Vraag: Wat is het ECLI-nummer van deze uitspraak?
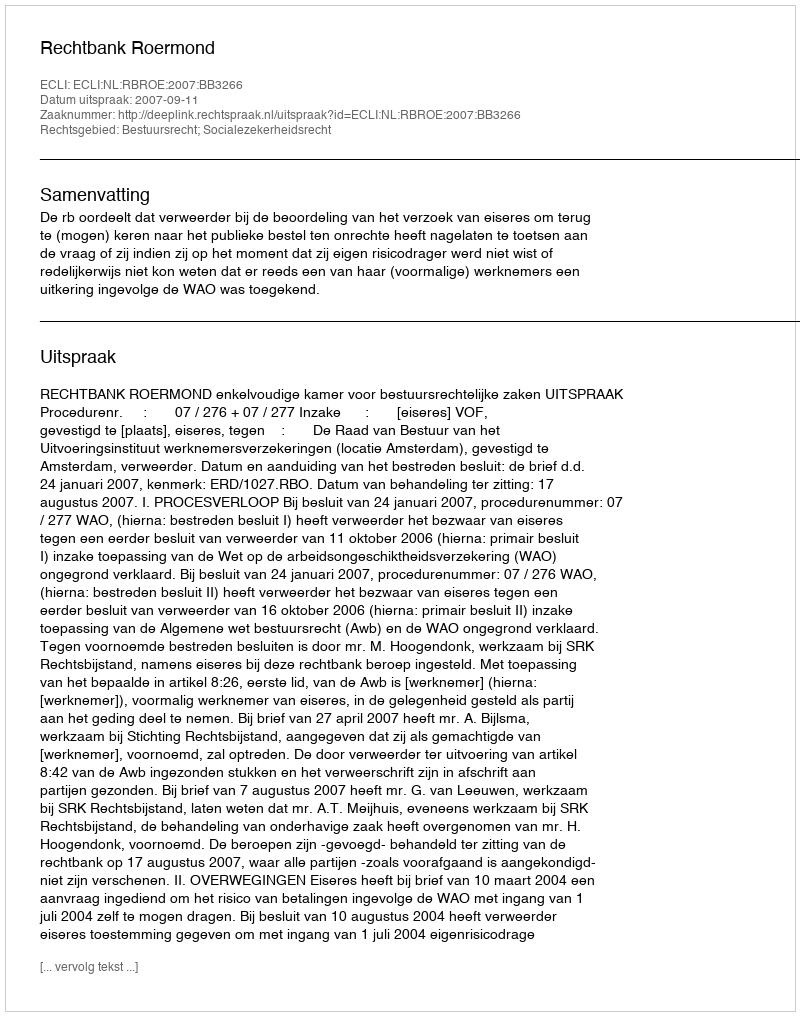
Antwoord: ECLI:NL:RBROE:2007:BB3266